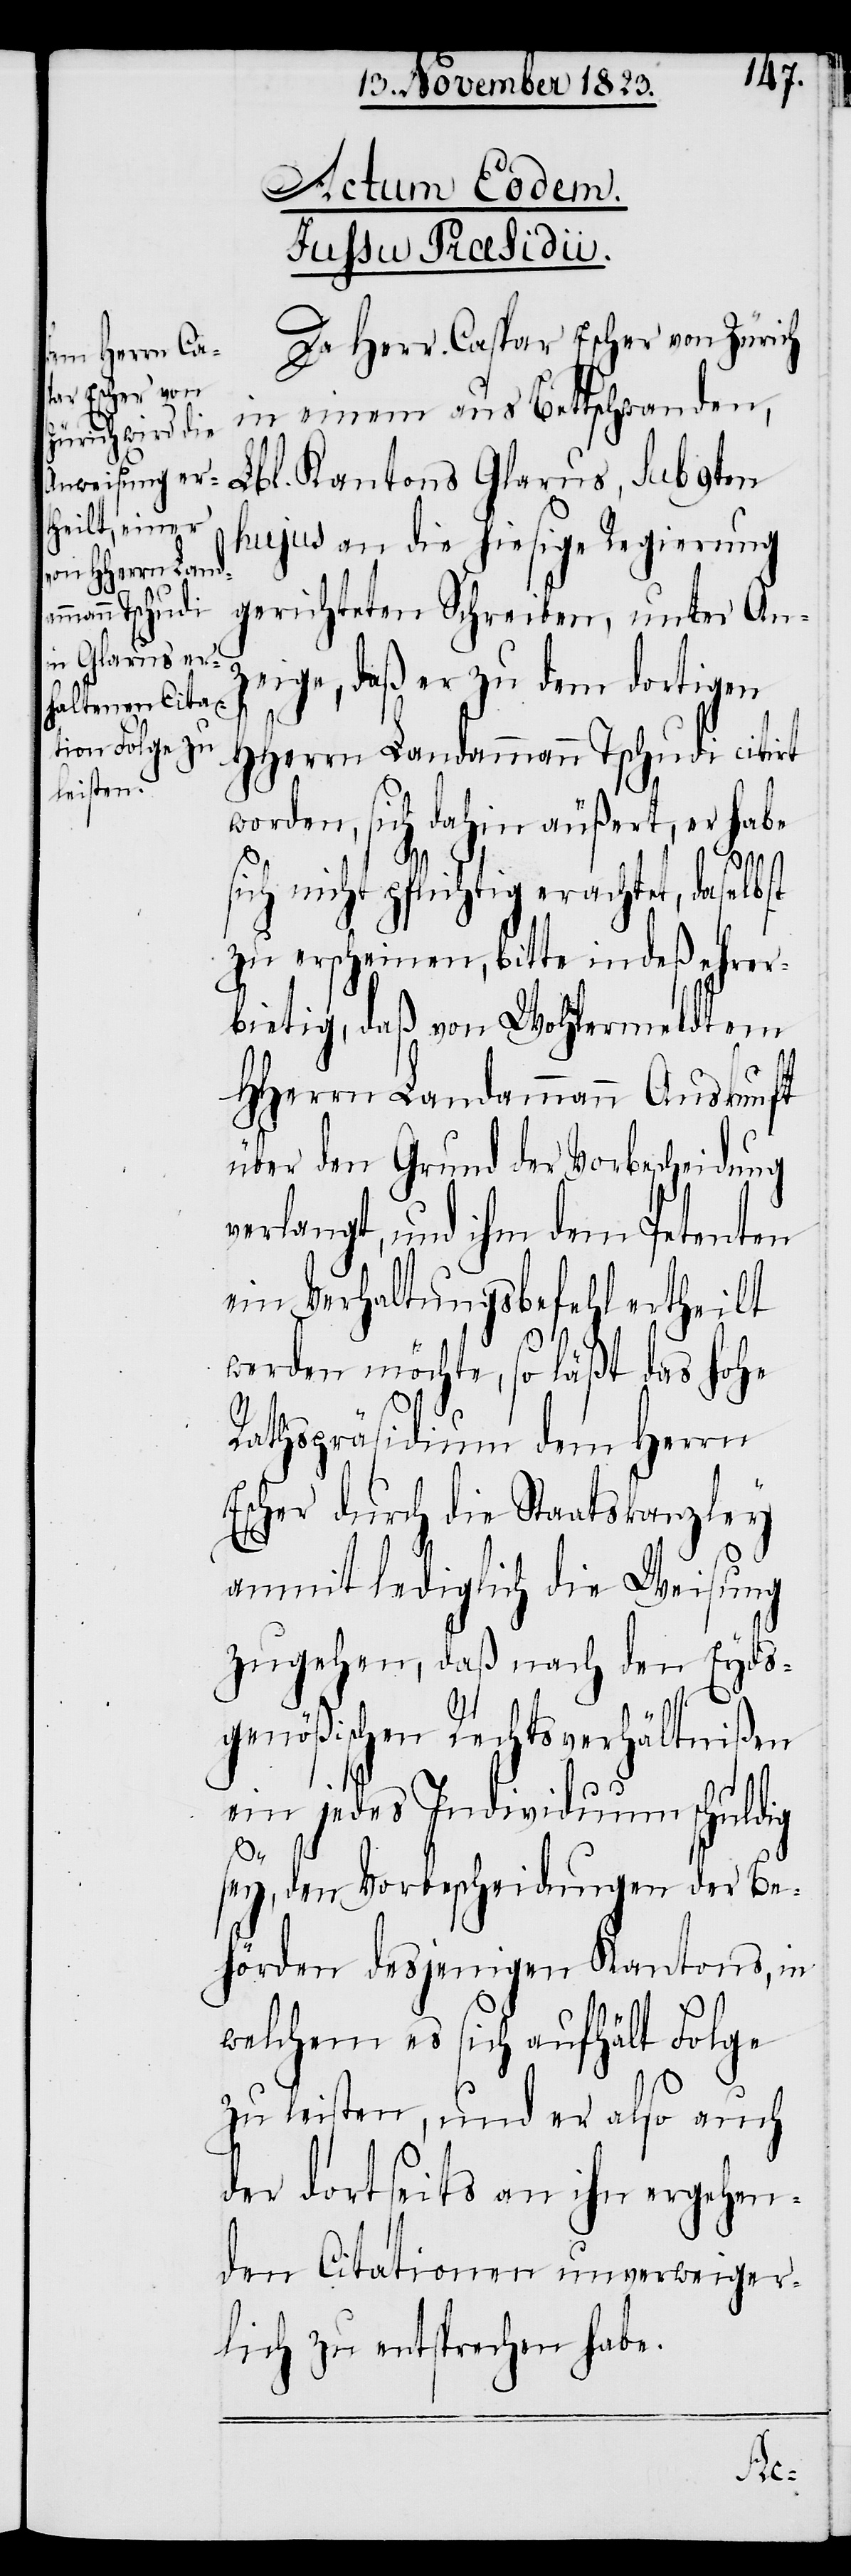
Actum Eodem.
Iussu Præsidii.
Da Herr Caspar Escher von Zürich
in einem aus Bettschwanden,
Lbl. Kantons Glarus, sub 9ten
hujus an die hiesige Regierung
gerichteten Schreiben, unter An¬
zeige, daß er zu dem dortigen
HHerrn Landammann Tschudi citirt
worden, sich dahin äußert, er habe
E¬
sich nicht pflichtig erachtet, daselbst
zu erscheinen, bitte indeß ehrer¬
bietig, daß von Wohlermeldtem
HHerrn Landammann Auskunft
über den Grund der Vorbescheidung
verlangt, und ihm dem Petenten
ein Verhaltungsbefehl ertheilt
werden möchte, so läßt das hohe
Rathspräsidium dem Herrn
scher durch die Staatskanzley
anmit lediglich die Weisung
zugehen, daß nach den Eyds¬
genößischen Rechtsverhältnißen
ein jedes Individuum schuldig
sey, den Vorbescheidungen der Be¬
hörden desjenigen Kantons, in
welchem es sich aufhält Folge
zu leisten, und er also auch
der dortseits an ihn ergehen¬
den Citationen unverweiger¬
lich zu entsprechen habe.